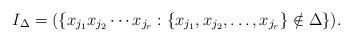
LaTeX: \begin{align*} I_\Delta=(\{x_{j_1}x_{j_2}\cdots x_{j_r}: \{x_{j_1},x_{j_2},\ldots,x_{j_r}\}\notin \Delta\}).\end{align*}